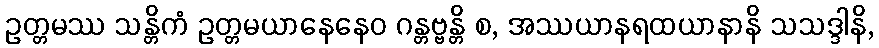
ဥတ္တမဿ သန္တိကံ ဥတ္တမယာနေနေဝ ဂန္တဗ္ဗန္တိ စ, အဿယာနရထယာနာနိ သသဒ္ဒါနိ,